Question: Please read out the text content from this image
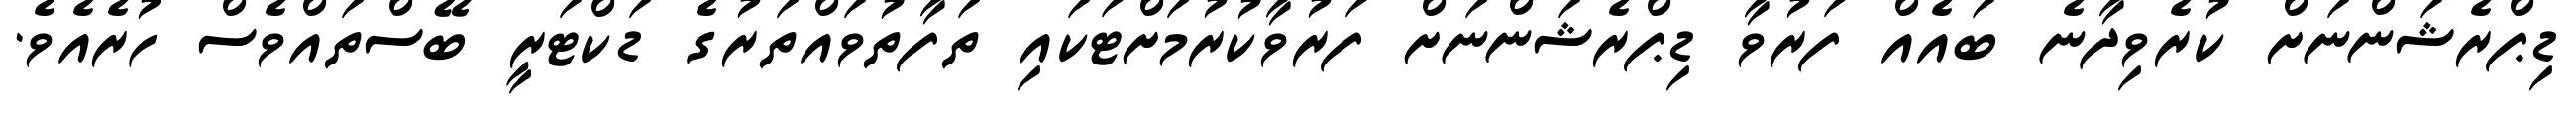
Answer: ޑިޕްރެޝަންނަށް ކުރެވިދާނެ ބައެއް ފަރުވާ ޑިޕްރެޝަންނަށް ފަރުވާކުރުމަށްޓަކައި ތަފާތުވައްތަރުގެ ޑަކްޓަރީ ބޭސްތައްވެސް ހުރެއެވެ.